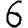
Digit: 6